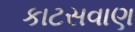
કાટસવાણ